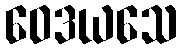
ဝေဒယသေ